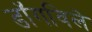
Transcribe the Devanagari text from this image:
डॉगविले